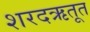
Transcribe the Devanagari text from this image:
शरदऋतूत